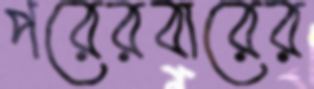
পরেরবারের